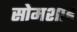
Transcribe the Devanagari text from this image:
सोमशाह